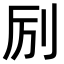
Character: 𫥵